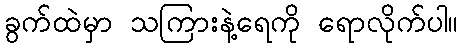
ခွက်ထဲမှာ သကြားနဲ့ရေကို ရောလိုက်ပါ။